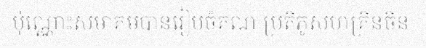
ប៉ុណ្ណោះសមាគមបានរៀបចំគណៈប្រតិភូសហគ្រិនចិន